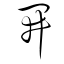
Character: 開